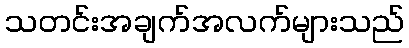
သတင်းအချက်အလက်များသည်